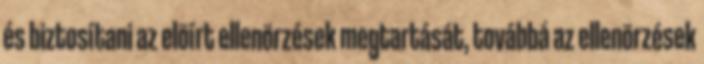
és biztosítani az elõírt ellenõrzések megtartását, továbbá az ellenõrzések